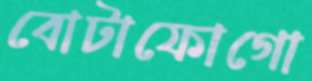
বোটাফোগো